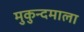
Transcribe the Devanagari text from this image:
मुकुन्दमाला